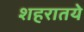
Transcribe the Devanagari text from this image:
शहरातये